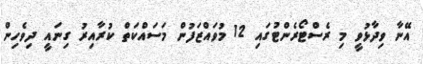
އޭނާ ވިދާޅުވީ މި ރެސްޓޯރެންޓުގައި 12 މުވައްޒަފުން މަސައްކަތް ކުރާއިރު ގިނައީ ދިވެހިން